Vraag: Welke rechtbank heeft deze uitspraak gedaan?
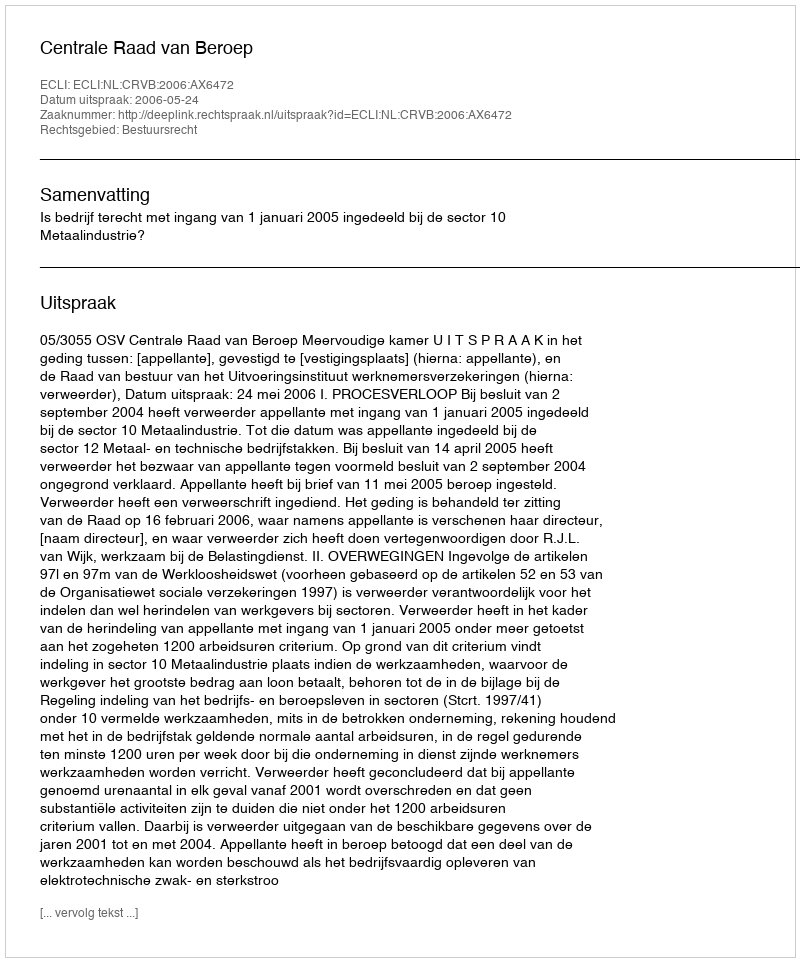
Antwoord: Centrale Raad van Beroep